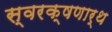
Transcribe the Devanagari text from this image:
स्वरक्षणार्थ